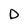
Character: D